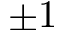
\pm 1